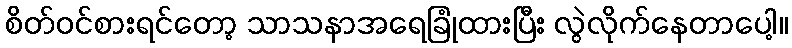
စိတ်ဝင်စားရင်တော့ သာသနာအရေခြုံထားပြီး လွဲလိုက်နေတာပေါ့။